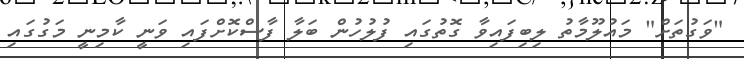
"ވަގުތަށް" މައުލޫމާތު ލިބިފައިވާ ގޮތުގައި ފުލުހުން ބަލާ ފާސްކޮށްފައި ވަނީ ކާމިނީ މަގުގައި